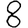
Digit: 8